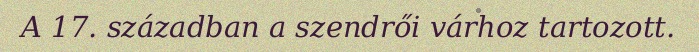
A 17. században a szendrői várhoz tartozott.